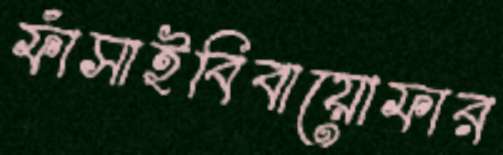
ফাঁসাইবিবায়োফার